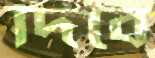
দিবে